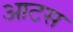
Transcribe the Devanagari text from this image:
आटस